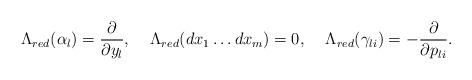
LaTeX: \begin{align*} \Lambda_{red}(\alpha_l) = \frac{\partial}{\partial y_l}, \;\;\;\; \Lambda_{red}(dx_1\ldots d x_m) = 0, \;\;\;\; \Lambda_{red}(\gamma_{li}) = -\frac{\partial}{\partial p_{li}}.\end{align*}